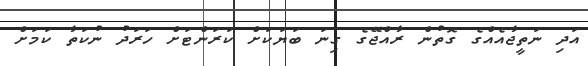
އަދި ނަތީޖާއެއްގެ ގޮތުން ރާއްޖޭގެ ގިނަ ބަޔަކަށް ކަރަންޓަށް ހަރަދު ނުކަތާ ކަމަށް